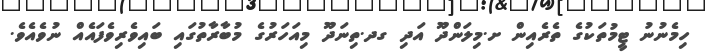
ހިމެނުނު ޓީމުތަކުގެ ތެރެއިން ށ.މިލަންދޫ އަދި ގދ.ތިނަދޫ މިއަހަރުގެ މުބާރާތުގައި ބައިވެރިވެފައެއް ނުވެއެވެ.